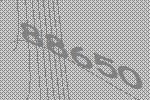
88650